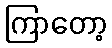
ကြာတော့